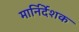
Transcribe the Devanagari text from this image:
मार्निर्देशक